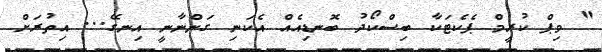
" ވިޕް ކުރީމް ޕެކެޓަކާ ބިސްކޯދު ބޮނޑިއެއް އެކަނި ގަންނާނީ އިނގޭ... އިތުރަށް